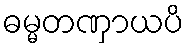
ဓမ္မတဏှာယပိ